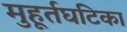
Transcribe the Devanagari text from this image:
मुहूर्तघटिका